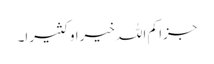
جزا کم اللہ خیرا و کثیرا۔